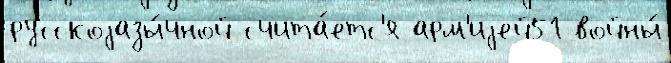
русскоjазы́чной счита́етс'я арм'иjей51 войны́